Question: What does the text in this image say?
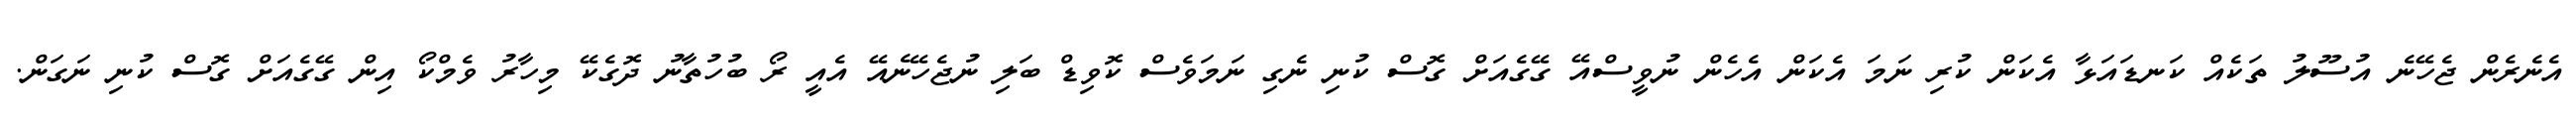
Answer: އެނެރެން ޖެހޭނެ އުސޫލު ތަކެއް ކަނޑައަޅާ އެކަން ކުރި ނަމަ އެކަން އެހެން ނުވީސްއޭ ގޭގެއަށް ގޮސް ކުނި ނެގި ނަމަވެސް ކޮވިޑް ބަލި ނުޖެހޭނެއޭ އެއީ ރޯ ބުހުތާނު ދޮގެކޭ މިހާރު ވެމްކޯ އިން ގޭގެއަށް ގޮސް ކުނި ނަގަން.